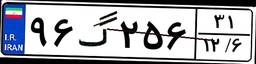
۹۶گ۲۵۶۳۱